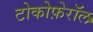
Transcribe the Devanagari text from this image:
टोकोफ़ेरॉल